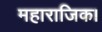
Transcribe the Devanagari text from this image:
महाराजिक।